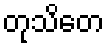
တုသိတေ